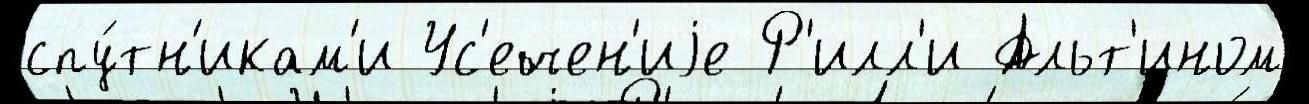
спу́тн'икам'и Ус'ечен'иjе Р'илл'и Альт'ином